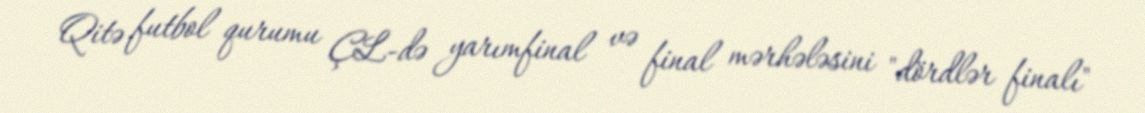
Qitə futbol qurumu ÇL-də yarımfinal və final mərhələsini "dördlər finalı"